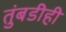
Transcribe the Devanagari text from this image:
तुंबडीही